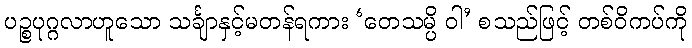
ပဉ္စပုဂ္ဂလာဟူသော သင်္ချာနှင့်မတန်ရကား ‘တေသမ္ပိ ဝါ’ စသည်ဖြင့် တစ်ဝိကပ်ကို